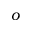
o